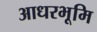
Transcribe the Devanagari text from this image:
आधरभूमि